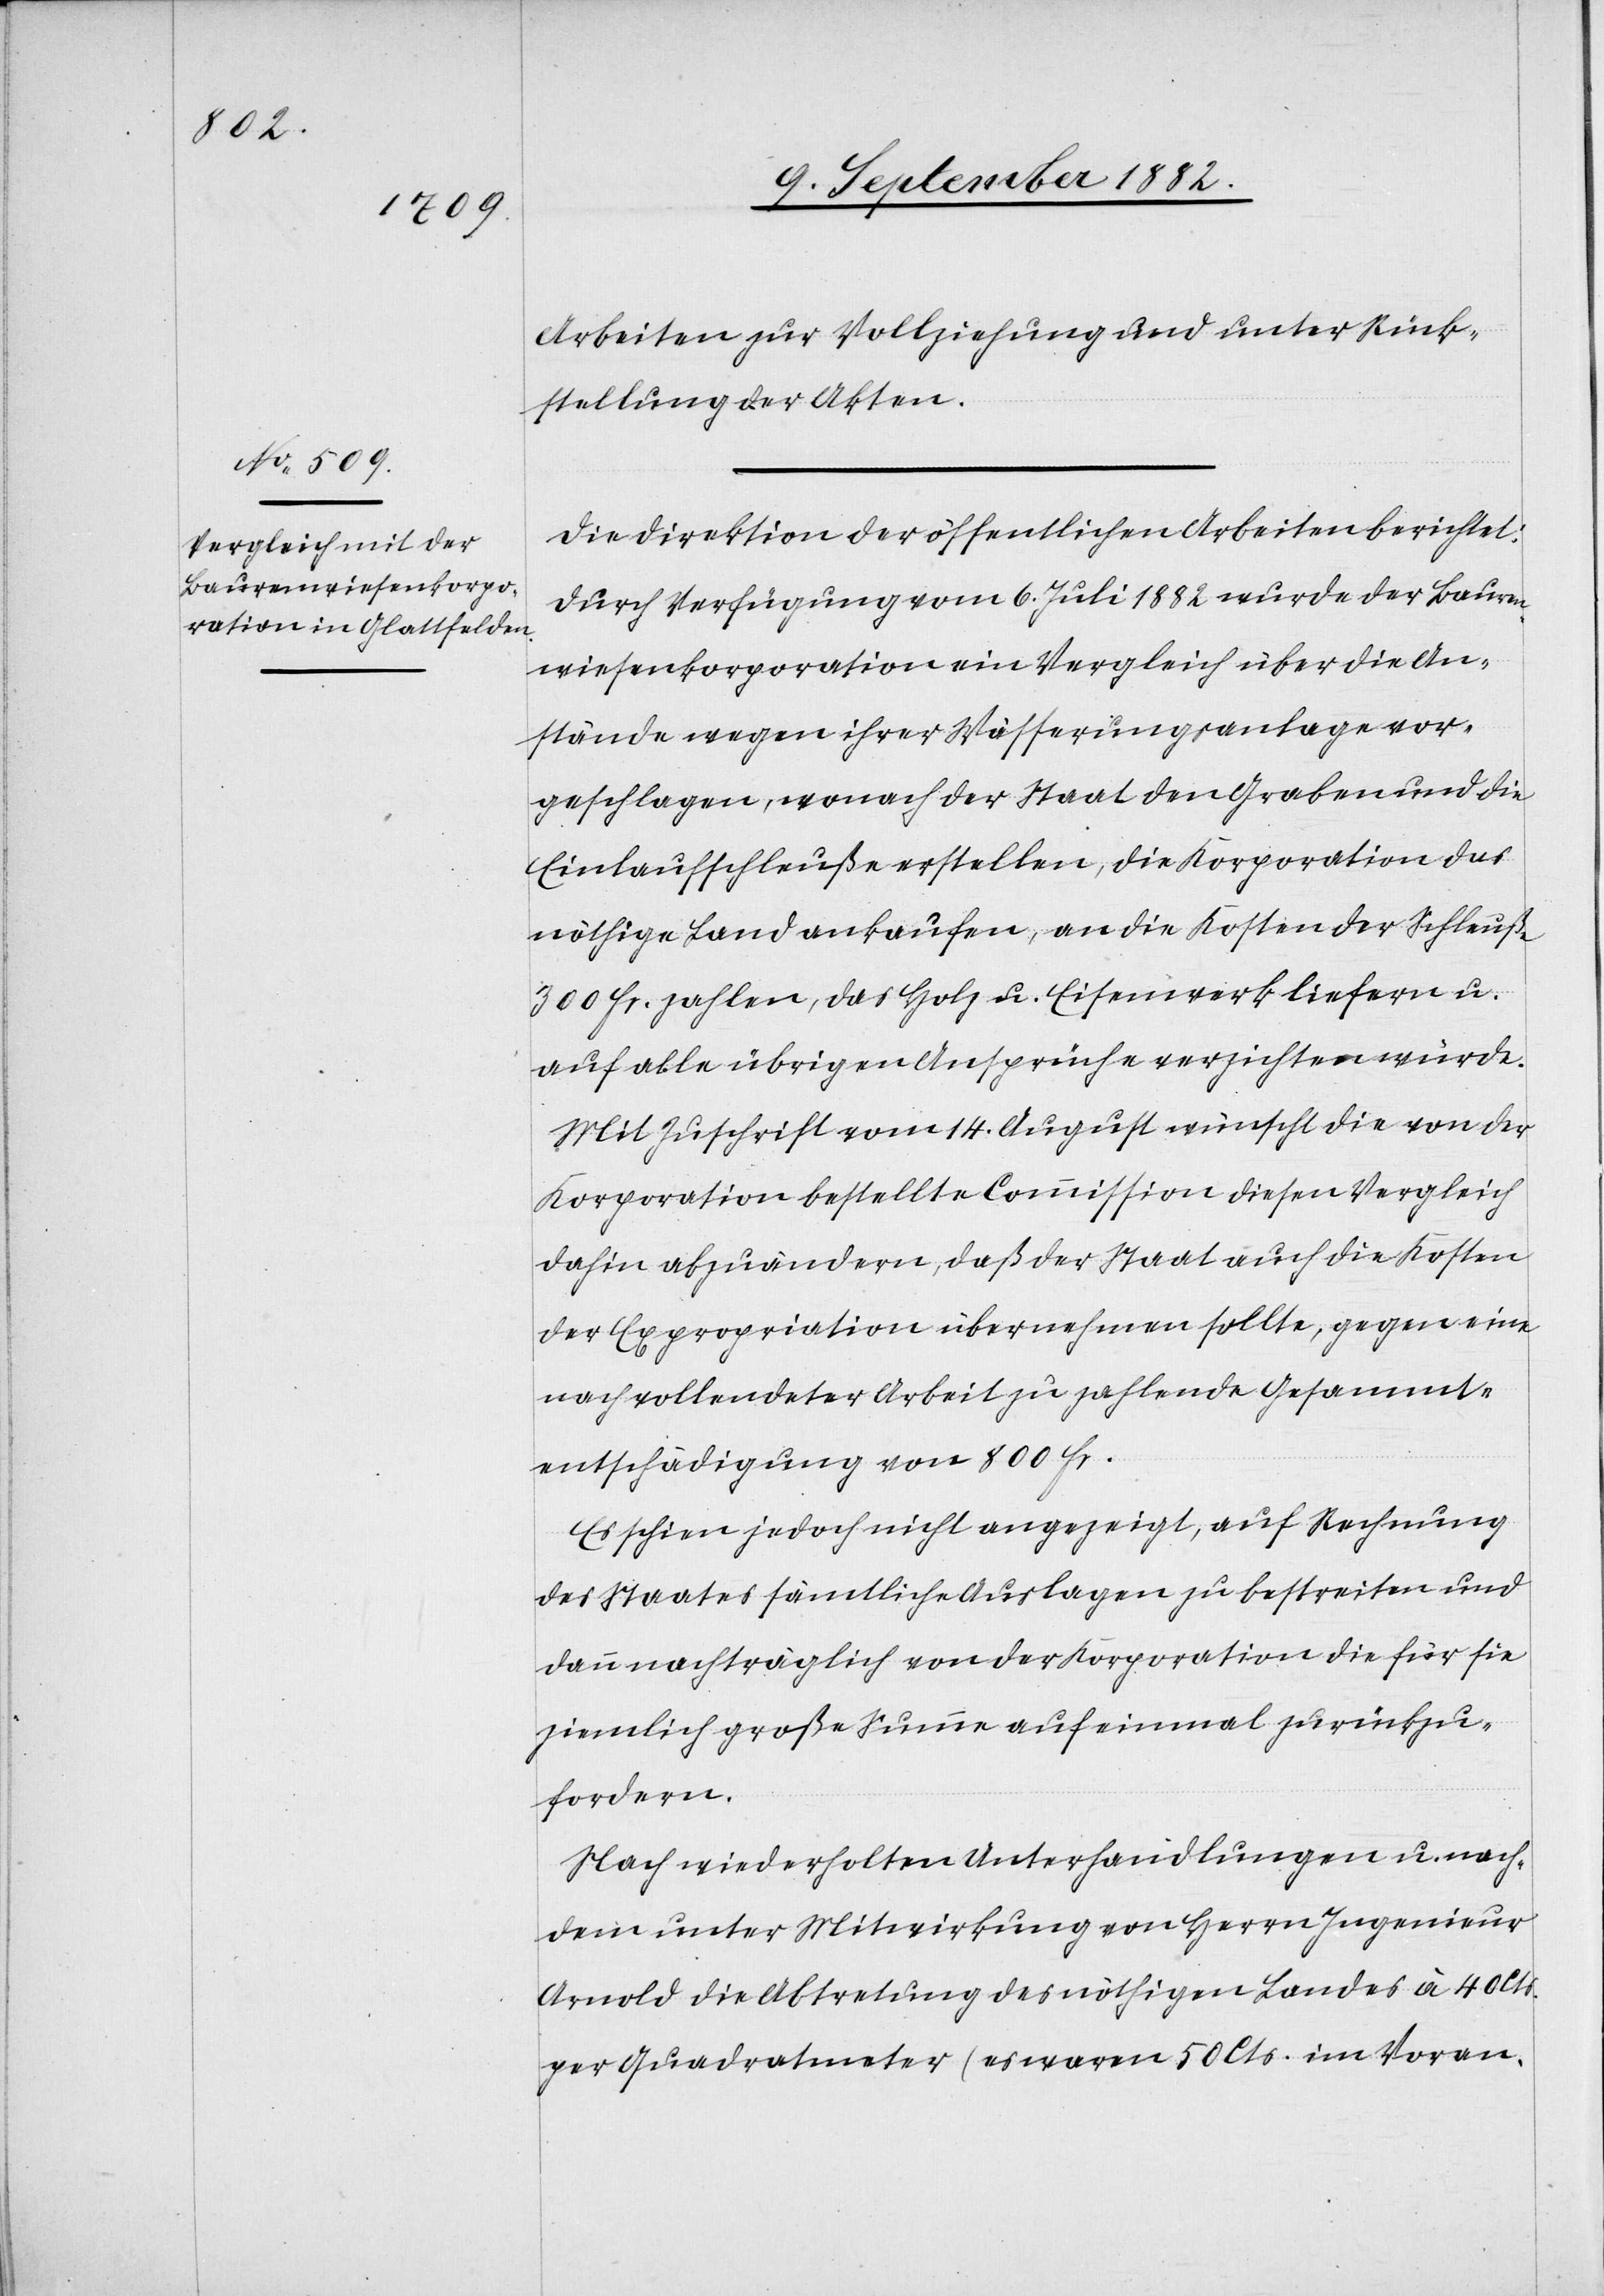
Arbeiten zur Vollziehung und unter Rück¬
stellung der Akten.
Die Direktion der öffentlichen Arbeiten berichtet:
Durch Verfügung vom 6. Juli 1882 wurde der Bauren¬
wiesenkorporation ein Vergleich über die An¬
stände wegen ihrer Wässerungsanlage vor¬
geschlagen, wonach der Staat den Graben und die
Einlaufschleuße erstellen, die Korporation das
nöthige Land ankaufen, an die Kosten der Schleuße
300 Fr. zahlen, das Holz u. Eisenwerk liefern u.
auf alle übrigen Ansprüche verzichten würde.
Mit Zuschrift vom 14. August wüscht die von der
Korporation bestellte Commission diesen Vergleich
dahin abzuändern, daß der Staat auch die Kosten
der Expropriation übernehmen sollte, gegen eine
nach vollendeter Arbeit zu zahlende Gesammt¬
entschädigung von 800 Fr.
Es schien jedoch nicht angezeigt, auf Rechnung
des Staates sämtliche Auslagen zu bestreiten und
dann nachträglich von der Korporation die für sie
ziemlich große Summe auf einmal zurückzu¬
fordern.
Nach wiederholten Unterhandlungen u. nach¬
dem unter Mitwirkung von Herrn Ingenieur
Arnold die Abtretung des nöthigen Landes à 40 Cts.
per Quadratmeter (es waren 50 Cts. im Voran-